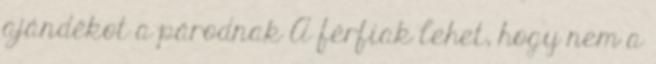
ajándékot a párodnak A férfiak lehet, hogy nem a